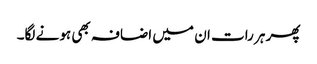
پھر ہر رات ان میں اضافہ بھی ہونے لگا۔